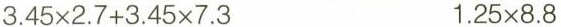
$$3.45\times 2.7+3.45\times 7.3$$ $$1.25\times 8.8$$